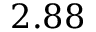
2 . 8 8